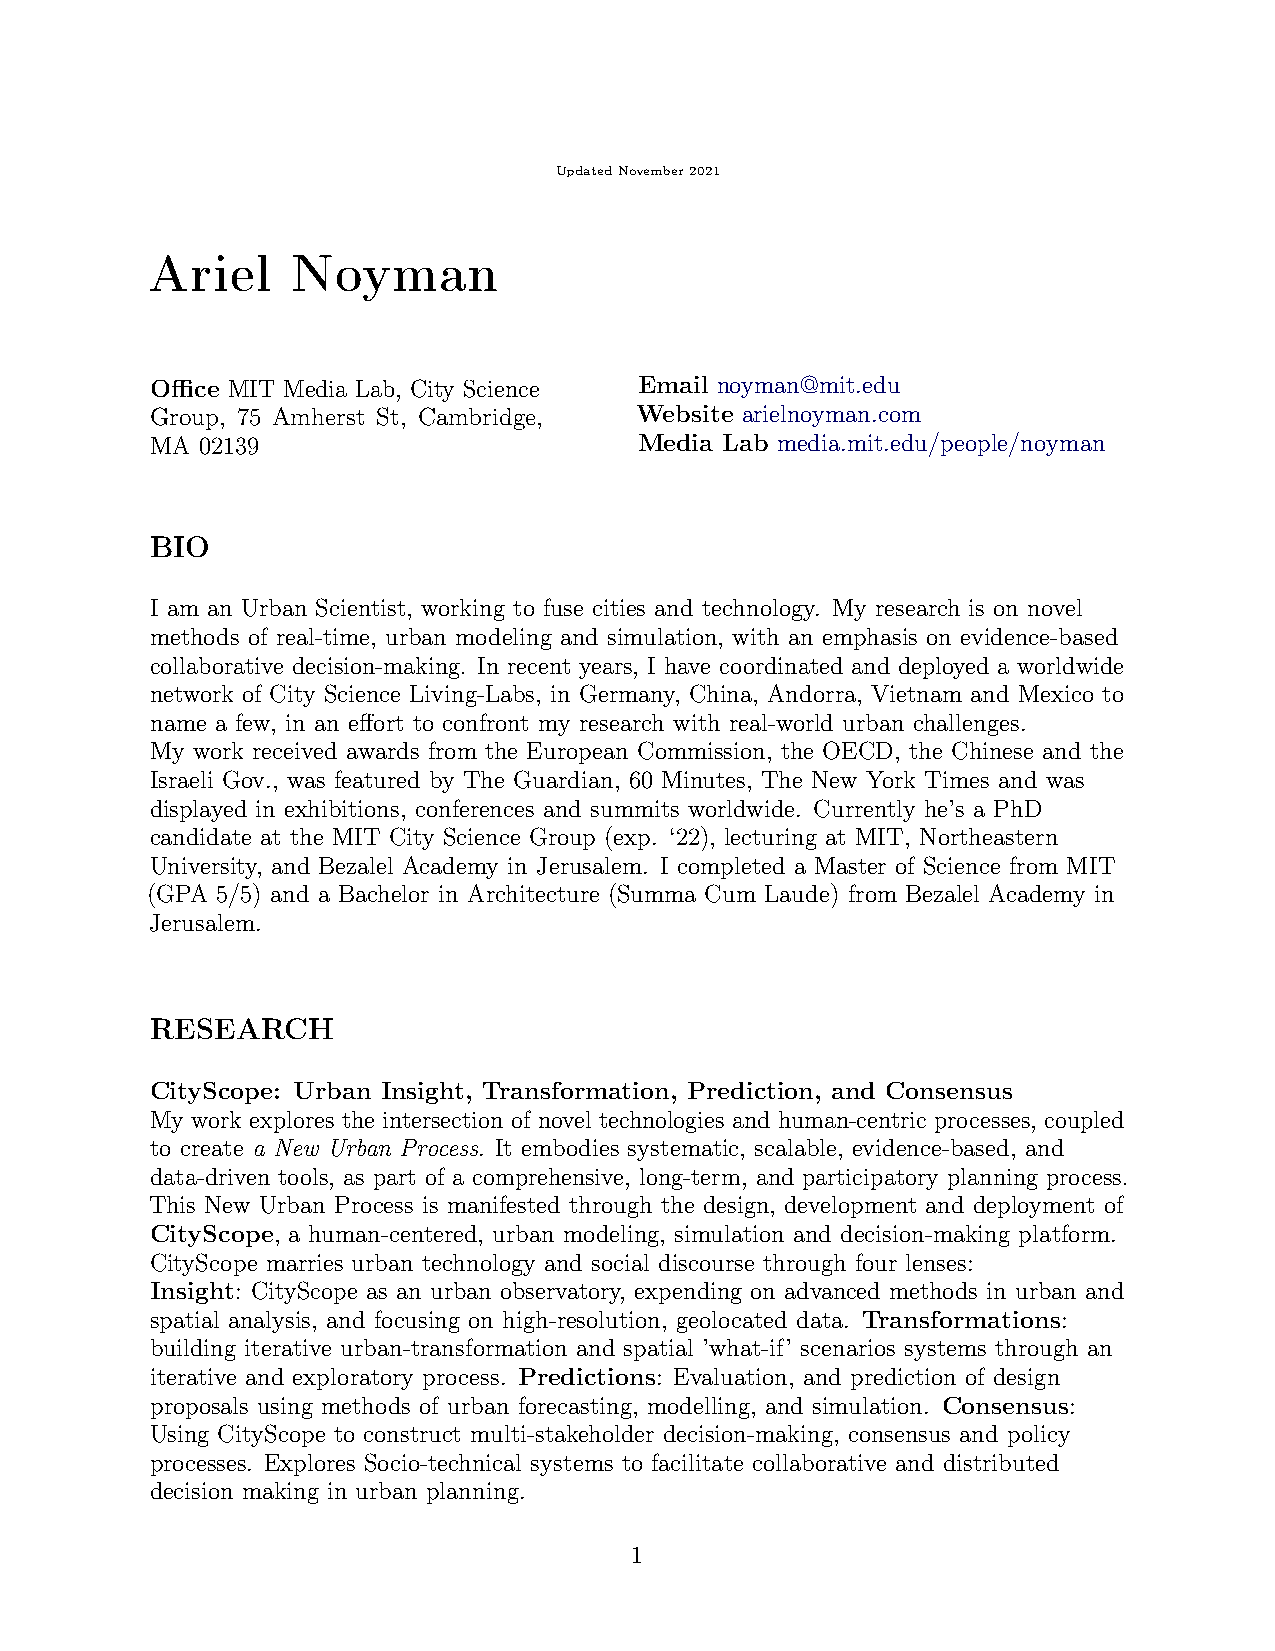
UpdatedNovember2021
 Ariel    Noyman
 Office MIT Media Lab, City Science Email noyman@mit.edu
 Group, 75 Amherst St, Cambridge, Website arielnoyman.com
 MA 02139                        Media Lab media.mit.edu/people/noyman
 BIO
 I am an Urban Scientist, working to fuse cities and technology. My research is on novel
 methods of real-time, urban modeling and simulation, with an emphasis on evidence-based
 collaborative decision-making. In recent years, I have coordinated and deployed a worldwide
 network of City Science Living-Labs, in Germany, China, Andorra, Vietnam and Mexico to
 name a few, in an effort to confront my research with real-world urban challenges.
 My work received awards from the European Commission, the OECD, the Chinese and the
 Israeli Gov., was featured by The Guardian, 60 Minutes, The New York Times and was
 displayed in exhibitions, conferences and summits worldwide. Currently he’s a PhD
 candidate at the MIT City Science Group (exp. ‘22), lecturing at MIT, Northeastern
 University, and Bezalel Academy in Jerusalem. I completed a Master of Science from MIT
 (GPA 5/5) and a Bachelor in Architecture (Summa Cum Laude) from Bezalel Academy in
 Jerusalem.
 RESEARCH
 CityScope: Urban Insight, Transformation, Prediction, and Consensus
 My work explores the intersection of novel technologies and human-centric processes, coupled
 to create a New Urban Process. It embodies systematic, scalable, evidence-based, and
 data-driven tools, as part of a comprehensive, long-term, and participatory planning process.
 This New Urban Process is manifested through the design, development and deployment of
 CityScope, a human-centered, urban modeling, simulation and decision-making platform.
 CityScope marries urban technology and social discourse through four lenses:
 Insight: CityScope as an urban observatory, expending on advanced methods in urban and
 spatial analysis, and focusing on high-resolution, geolocated data. Transformations:
 building iterative urban-transformation and spatial ’what-if’ scenarios systems through an
 iterative and exploratory process. Predictions: Evaluation, and prediction of design
 proposals using methods of urban forecasting, modelling, and simulation. Consensus:
 Using CityScope to construct multi-stakeholder decision-making, consensus and policy
 processes. Explores Socio-technical systems to facilitate collaborative and distributed
 decision making in urban planning.
 1